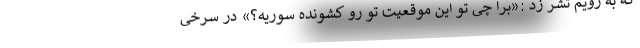
که به رویم تشر زد :«برا چی تو این موقعیت تو رو کشونده سوریه؟» در سرخی